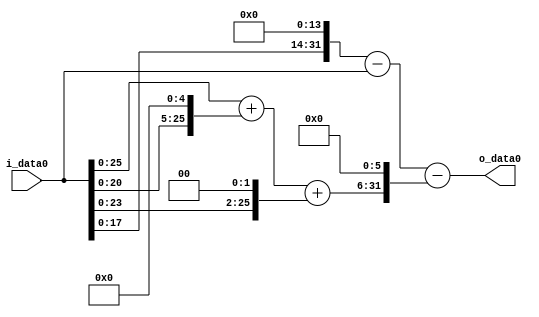
module multiplier_block_100 (
    i_data0,
    o_data0
);
  input   [31:0] i_data0;
  output  [31:0]
    o_data0;
  wire [31:0]
    w1,
    w16384,
    w16383,
    w32,
    w33,
    w4,
    w37,
    w2368,
    w14015;
  assign w1 = i_data0;
  assign w14015 = w16383 - w2368;
  assign w16383 = w16384 - w1;
  assign w16384 = w1 << 14;
  assign w2368 = w37 << 6;
  assign w32 = w1 << 5;
  assign w33 = w1 + w32;
  assign w37 = w33 + w4;
  assign w4 = w1 << 2;
  assign o_data0 = w14015;
endmodule